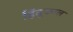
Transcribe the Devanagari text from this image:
हिंदूकाल